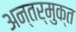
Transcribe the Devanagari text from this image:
अन्तर्मुक्त